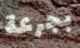
بجرعة